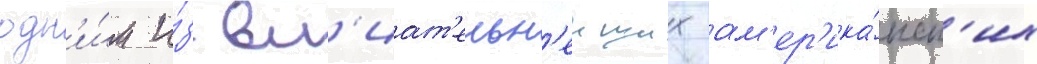
одн'и́м и́з вл'иат'ельн'еиших ам'ер'ика́нск'их